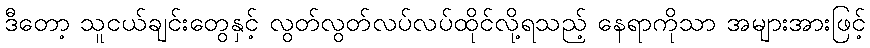
ဒီတော့ သူငယ်ချင်းတွေနှင့် လွတ်လွတ်လပ်လပ်ထိုင်လို့ရသည့် နေရာကိုသာ အများအားဖြင့်